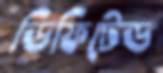
ডিফিটেড